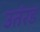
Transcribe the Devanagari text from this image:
उतंरड